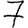
Digit: 7